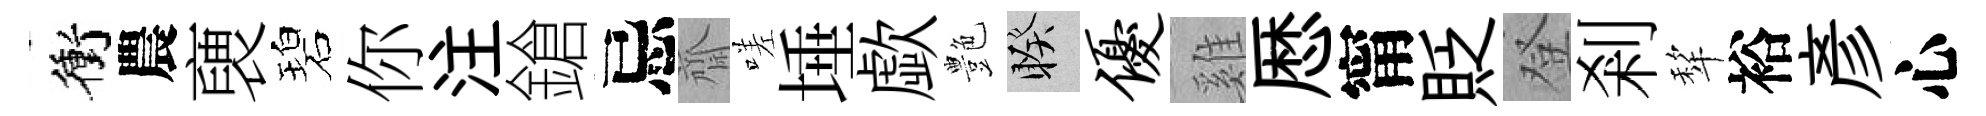
衝農褏碧你注鎗忌齋嗟埵歔艶睽优雞厯甯貶登剎犂裕彥心